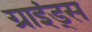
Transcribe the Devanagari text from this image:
ग्राइंड्स